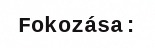
Fokozása: